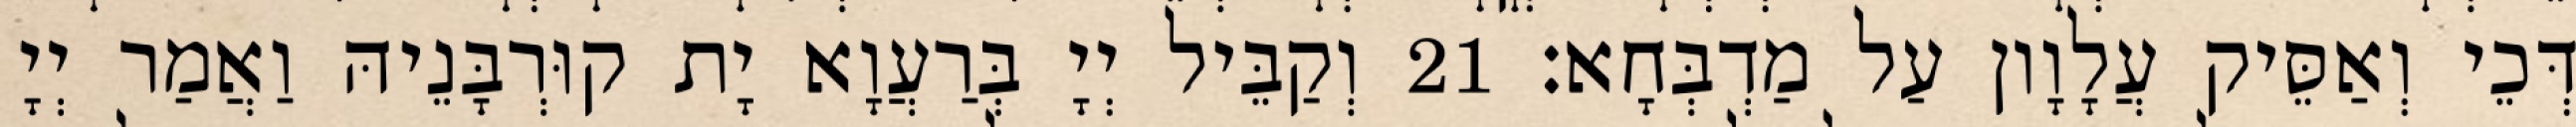
דְּכֵי וְאַסֵּיק עֲלָוָון עַל מַדְבְּחָא׃ 21 וְקַבֵּיל יְיָ בְּרַעֲוָא יָת קוּרְבָּנֵיהּ וַאֲמַר יְיָ